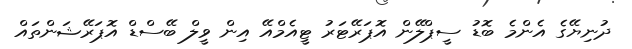
ދުނިޔޭގެ އެންމެ ބޮޑު ސީޕްލޭން އޮޕަރޭޓަރު ޓީއެމްއޭ އިން ވީލް ބޭސްޑް އޮޕަރޭޝަންތައް